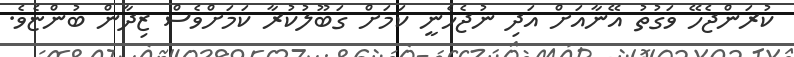
ކުރަންޖެހޭ ވަގުތު އޭނާއަށް އަދި ނުޖެހެނީ ކަމަށް ގަބޫލުކުރާ ކަމަށްވެސް ޒިދާން ބުންޏެވެ.